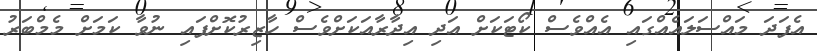
އެފަދަ މައްސަލައެއްގައި އެއްވެސް ކޯޓަކަށް އަދި އިދާރާއަކަށްވެސް ހާޒިރުކޮށްފައި ނުވާ ކަމަށް މެމްބަރު